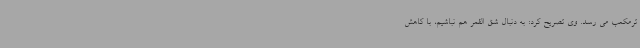
ترمکعب می رسد. وی تصریح کرد: به دنبال شق القمر هم نباشیم، با کاهش